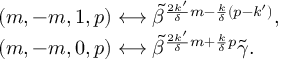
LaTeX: \begin{array} { l } { { ( m , - m , 1 , p ) \longleftrightarrow \tilde { \beta } ^ { \frac { 2 k ^ { \prime } } { \delta } m - \frac { k } { \delta } ( p - k ^ { \prime } ) } , } } \\ { { ( m , - m , 0 , p ) \longleftrightarrow \tilde { \beta } ^ { \frac { 2 k ^ { \prime } } { \delta } m + \frac { k } { \delta } p } \tilde { \gamma } . } } \end{array}